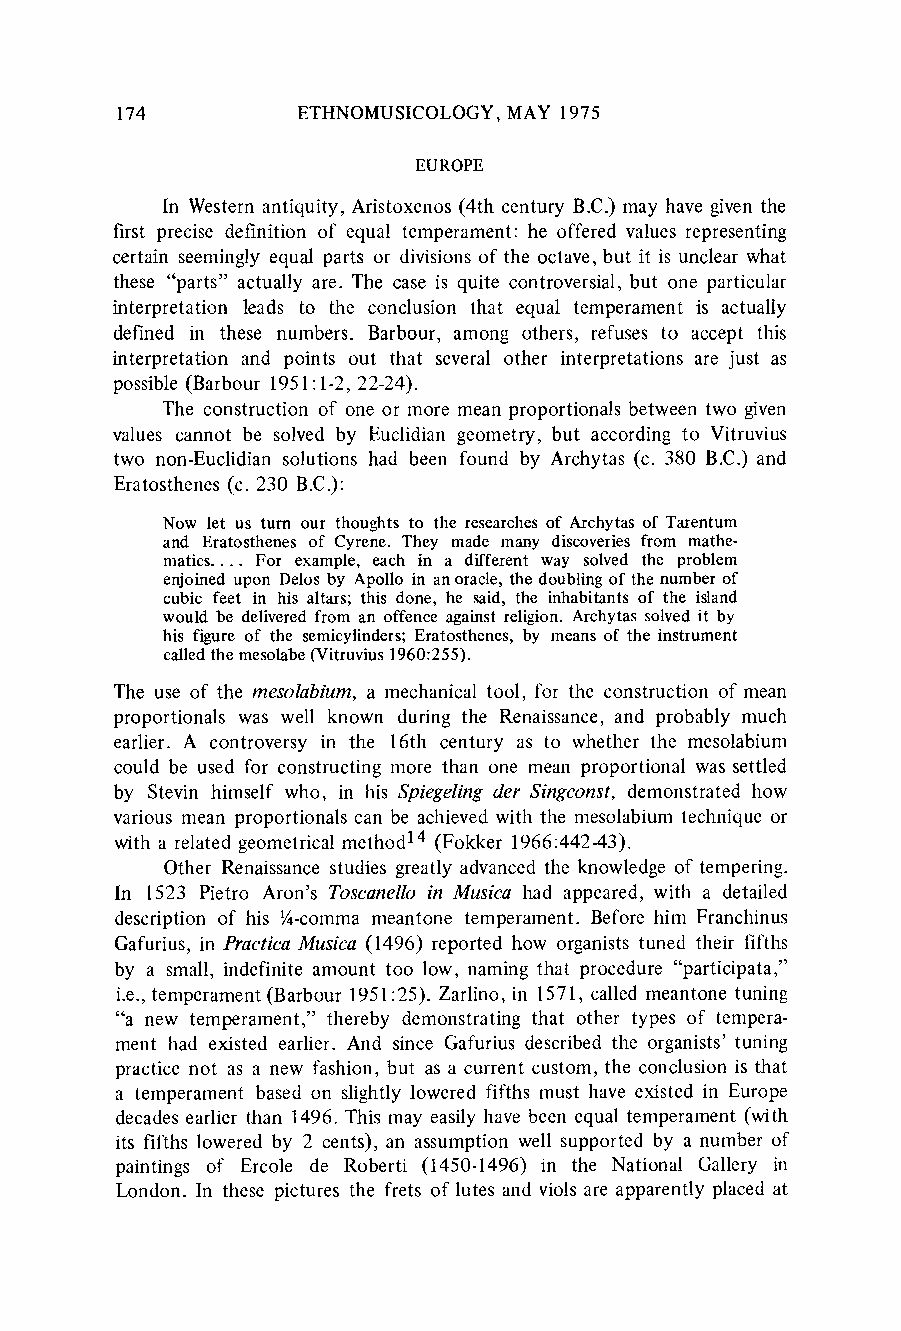
174         ETHNOMUSICOLOGYM, AY 1975
 EUROPE
 In Westerna ntiquity, Aristoxenos (4th century B.C.) may have given the
 first precise definition of equal temperament:h e offered values representing
 certain seemingly equal parts or divisions of the octave, but it is unclear what
 these "parts" actually are. The case is quite controversial,b ut one particular
 interpretation leads to the conclusion that equal temperament is actually
 defined in these numbers. Barbour, among others, refuses to accept this
 interpretation and points out that several other interpretations are just as
 possible (Barbour 1951:1-2, 22-24).
 The construction of one or more mean proportionalsb etween two given
 values cannot be solved by Euclidian geometry, but according to Vitruvius
 two non-Euclidian solutions had been found by Archytas (c. 380 B.C.) and
 Eratosthenes( c. 230 B.C.):
 Now let us turn our thoughts to the researches of Archytas of Tarentum
 and Eratosthenes of Cyrene. They made many discoveries from mathe-
 matics. ... For example, each in a different way solved the problem
 enjoined upon Delos by Apollo in an oracle, the doubling of the number of
 cubic feet in his altars; this done, he said, the inhabitants of the island
 would be delivered from an offence against religion. Archytas solved it by
 his figure of the semicylinders; Eratosthenes, by means of the instrument
 called the mesolabe (Vitruvius 1960:255).
 The use of the mesolabium, a mechanical tool, for the construction of mean
 proportionals was well known during the Renaissance, and probably much
 earlier. A controversy in the 16th century as to whether the mesolabium
 could be used for constructing more than one mean proportional was settled
 by Stevin himself who, in his Spiegeling der Singconst, demonstrated how
 various mean proportionalsc an be achieved with the mesolabiumt echnique or
 with a related geometricalm ethod14 (Fokker 1966:442-43).
 Other Renaissances tudies greatly advancedt he knowledge of tempering.
 In 1523 Pietro Aron's Toscanello in Musica had appeared, with a detailed
 description of his ?4-commam eantone temperament. Before him Franchinus
 Gafurius,i n Practica Musica (1496) reported how organists tuned their fifths
 by a small, indefinite amount too low, naming that procedure "participata,"
 i.e., temperament (Barbour 1951:25). Zarlino, in 1571, called meantone tuning
 "a new temperament," thereby demonstratingt hat other types of tempera-
 ment had existed earlier. And since Gafurius described the organists' tuning
 practice not as a new fashion, but as a current custom, the conclusion is that
 a temperament based on slightly lowered fifths must have existed in Europe
 decades earlier than 1496. This may easily have been equal temperament( with
 its fifths lowered by 2 cents), an assumption well supported by a number of
 paintings of Ercole de Roberti (1450-1496) in the National Gallery in
 London. In these pictures the frets of lutes and viols are apparently placed at